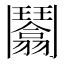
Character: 𩰙